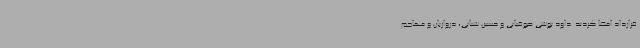
قرارداد امضا کردند. داود نوشی صوفیانی و حسین شنانی، دروازبان و مهاجم